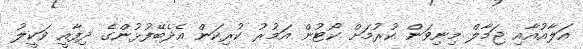
އަލާއުއާއި ޖަމާލް މިނިވަން ކުރުމަށް ކޯޓުން އަމުރު ކުރިކަން އެދެބޭފުޅުންގެ ދިފާއީ ވަކީލު